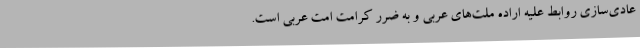
عادی‌سازی روابط علیه اراده ملت‌های عربی و به ضرر کرامت امت عربی است.